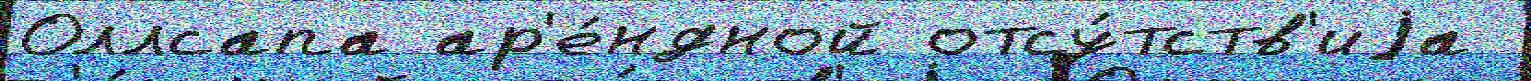
Оллсапа ар'е́ндной отсу́тств'иjа